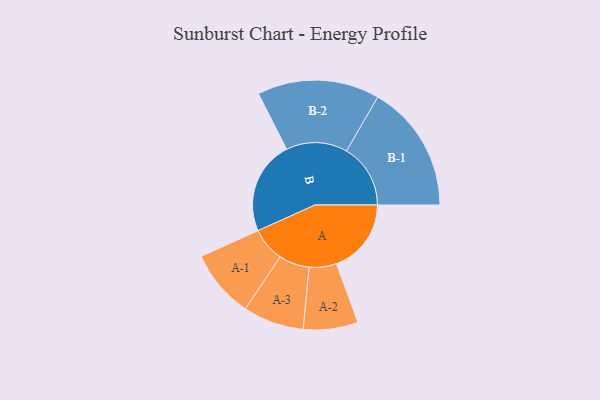
{"axis": {"x": "Segment", "y": "Value"}, "legend": ["", "A", "B"], "data": [{"x": "A", "y": 285, "type": ""}, {"x": "B", "y": 356, "type": ""}, {"x": "A-1", "y": 130, "type": "A"}, {"x": "A-2", "y": 104, "type": "A"}, {"x": "A-3", "y": 116, "type": "A"}, {"x": "B-1", "y": 244, "type": "B"}, {"x": "B-2", "y": 233, "type": "B"}]}